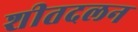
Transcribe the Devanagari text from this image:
शीतदलन